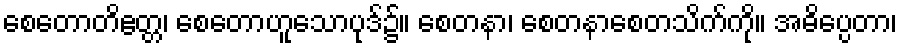
စေတောတိဧတ္တ၊ စေတောဟူသောပုဒ်၌။ စေတနာ၊ စေတနာစေတသိက်ကို။ အဓိပ္ပေတာ၊